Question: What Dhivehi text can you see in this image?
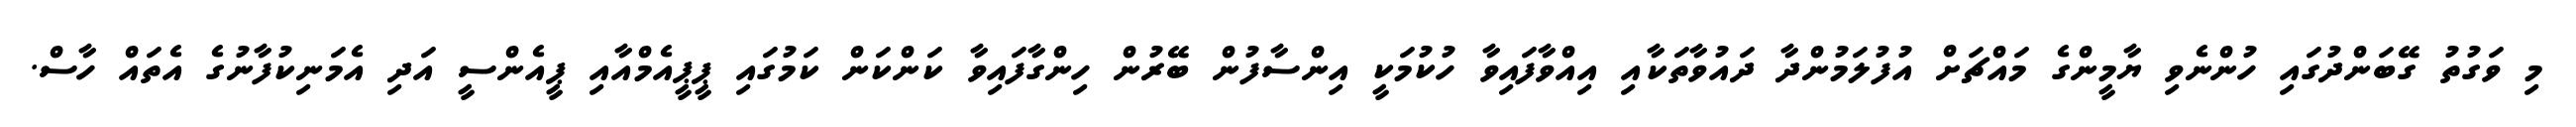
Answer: މި ވަގުތު ގޭބަންދުގައި ހުންނެވި ޔާމީންގެ މައްޗަށް އުފުލަމުންދާ ދައުވާތަކާއި އިއްވާފައިވާ ހުކުމަކީ އިންސާފުން ބޭރުން ހިންގާފައިވާ ކަންކަން ކަމުގައި ޕީޕީއެމްއާއި ޕީއެންސީ އަދި އެމަނިކުފާނުގެ އެތައް ހާސް.